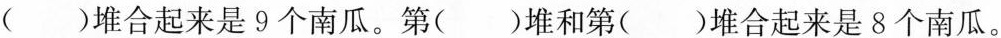
( )堆合起来是 9 个南瓜。第( )堆和第( )堆合起来是 8 个南瓜。